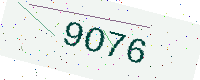
Text: 9O76